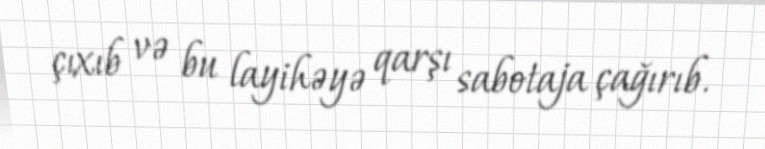
çıxıb və bu layihəyə qarşı sabotaja çağırıb.